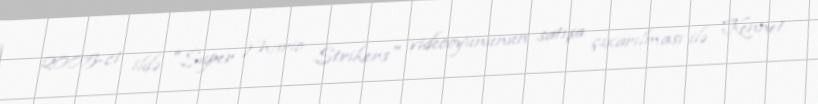
2005-ci ildə "Super Mario Strikers" videooyununun satışa çıxarılması ilə Kennet